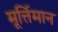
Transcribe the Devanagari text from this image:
मूर्त्तिमान